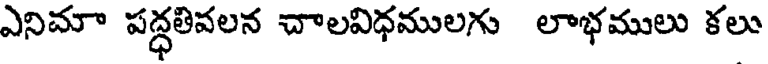
ఎనిమా పద్ధతివలన చాలవిధములగు లాభములు కలు